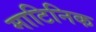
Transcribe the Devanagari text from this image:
माटिनिक